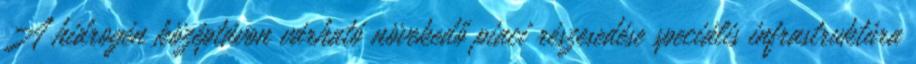
A hidrogén középtávon várható növekedő piaci részesedése speciális infrastruktúra